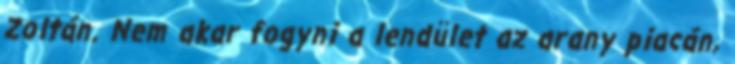
Zoltán. Nem akar fogyni a lendület az arany piacán,